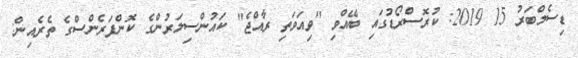
ޑިސެމްބަރު 15 2019: ކުރޮސްރޯޑުގައި ބޭއްވި "ވިއަވަތި ރާއްޖެ" ކައުންސިލަރުންގެ ކޮންފަރެންސްގެ ތެރެއިން: